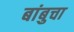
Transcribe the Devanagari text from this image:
बांबुचा